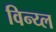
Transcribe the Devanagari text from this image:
विन्य्ल